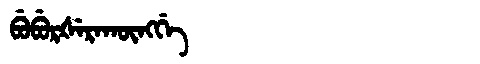
Manchu: ᠪᡠᠪᡠᡵᡧᡝᡵᠠᡴᡡᠩᡤᡝ
Romanization: BUBURŠERAKŪNGGE